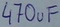
Text: 470uF